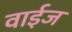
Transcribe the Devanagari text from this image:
वाईज